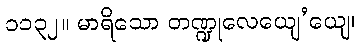
၁၁၃၂။ မာရိသော တဏ္ဍုလေယျေ’ယျေ၊